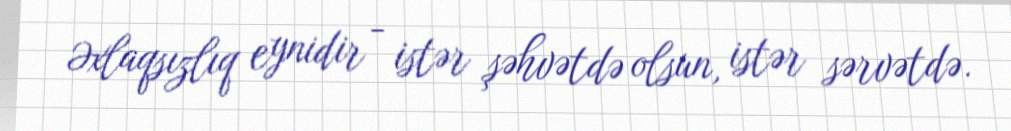
Əxlaqsızlıq eynidir - istər şəhvətdə olsun, istər sərvətdə.